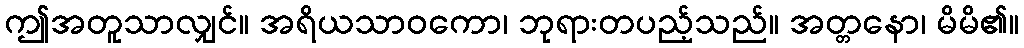
ဤအတူသာလျှင်။ အရိယသာဝကော၊ ဘုရားတပည့်သည်။ အတ္တနော၊ မိမိ၏။